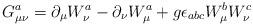
LaTeX: \begin{align*}G_{\mu \nu} ^a = \partial _{\mu} W_{\nu} ^a - \partial _{\nu} W_{\mu} ^a+ g \epsilon _{abc} W_{\mu} ^b W_{\nu} ^c\end{align*}